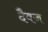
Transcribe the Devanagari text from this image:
दैवज